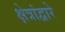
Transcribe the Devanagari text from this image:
क्षेत्रांद्वारे